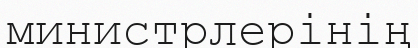
министрлерінің